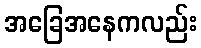
အခြေအနေကလည်း